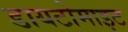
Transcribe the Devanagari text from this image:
डायटोमाइट